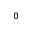
_ 0